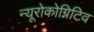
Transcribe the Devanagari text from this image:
न्यूरोकोग्निटिव